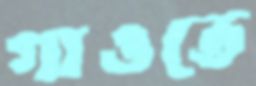
গাওতে